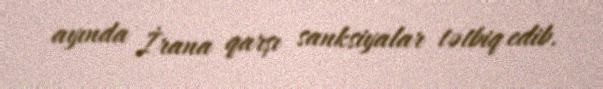
ayında İrana qarşı sanksiyalar tətbiq edib.